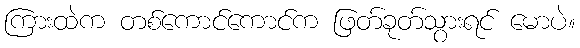
ကြားထဲက တစ်ကောင်ကောင်က ဖြတ်ခုတ်သွားရင် မောပဲ။